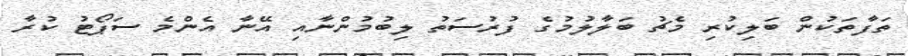
ތަފާތަކުން ބަލިކުރި މެޗު ބަލާލުމުގެ ފުރުސަތު ލިބުމުންނާއި އޭނާ އެންމެ ސަޕޯޓު ކުރާ